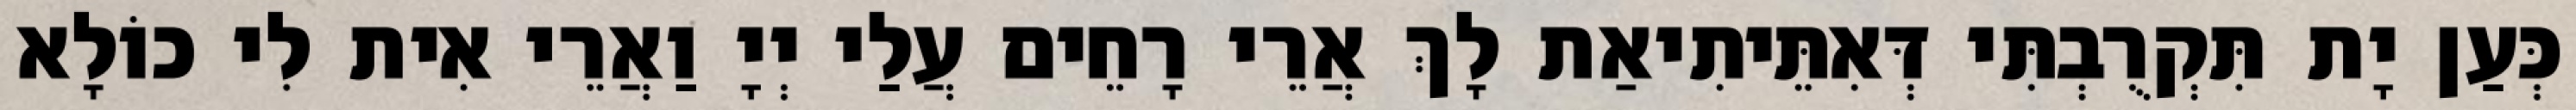
כְּעַן יָת תִּקְרֻבְתִּי דְּאִתֵּיתִיאַת לָךְ אֲרֵי רָחֵים עֲלַי יְיָ וַאֲרֵי אִית לִי כוֹלָא